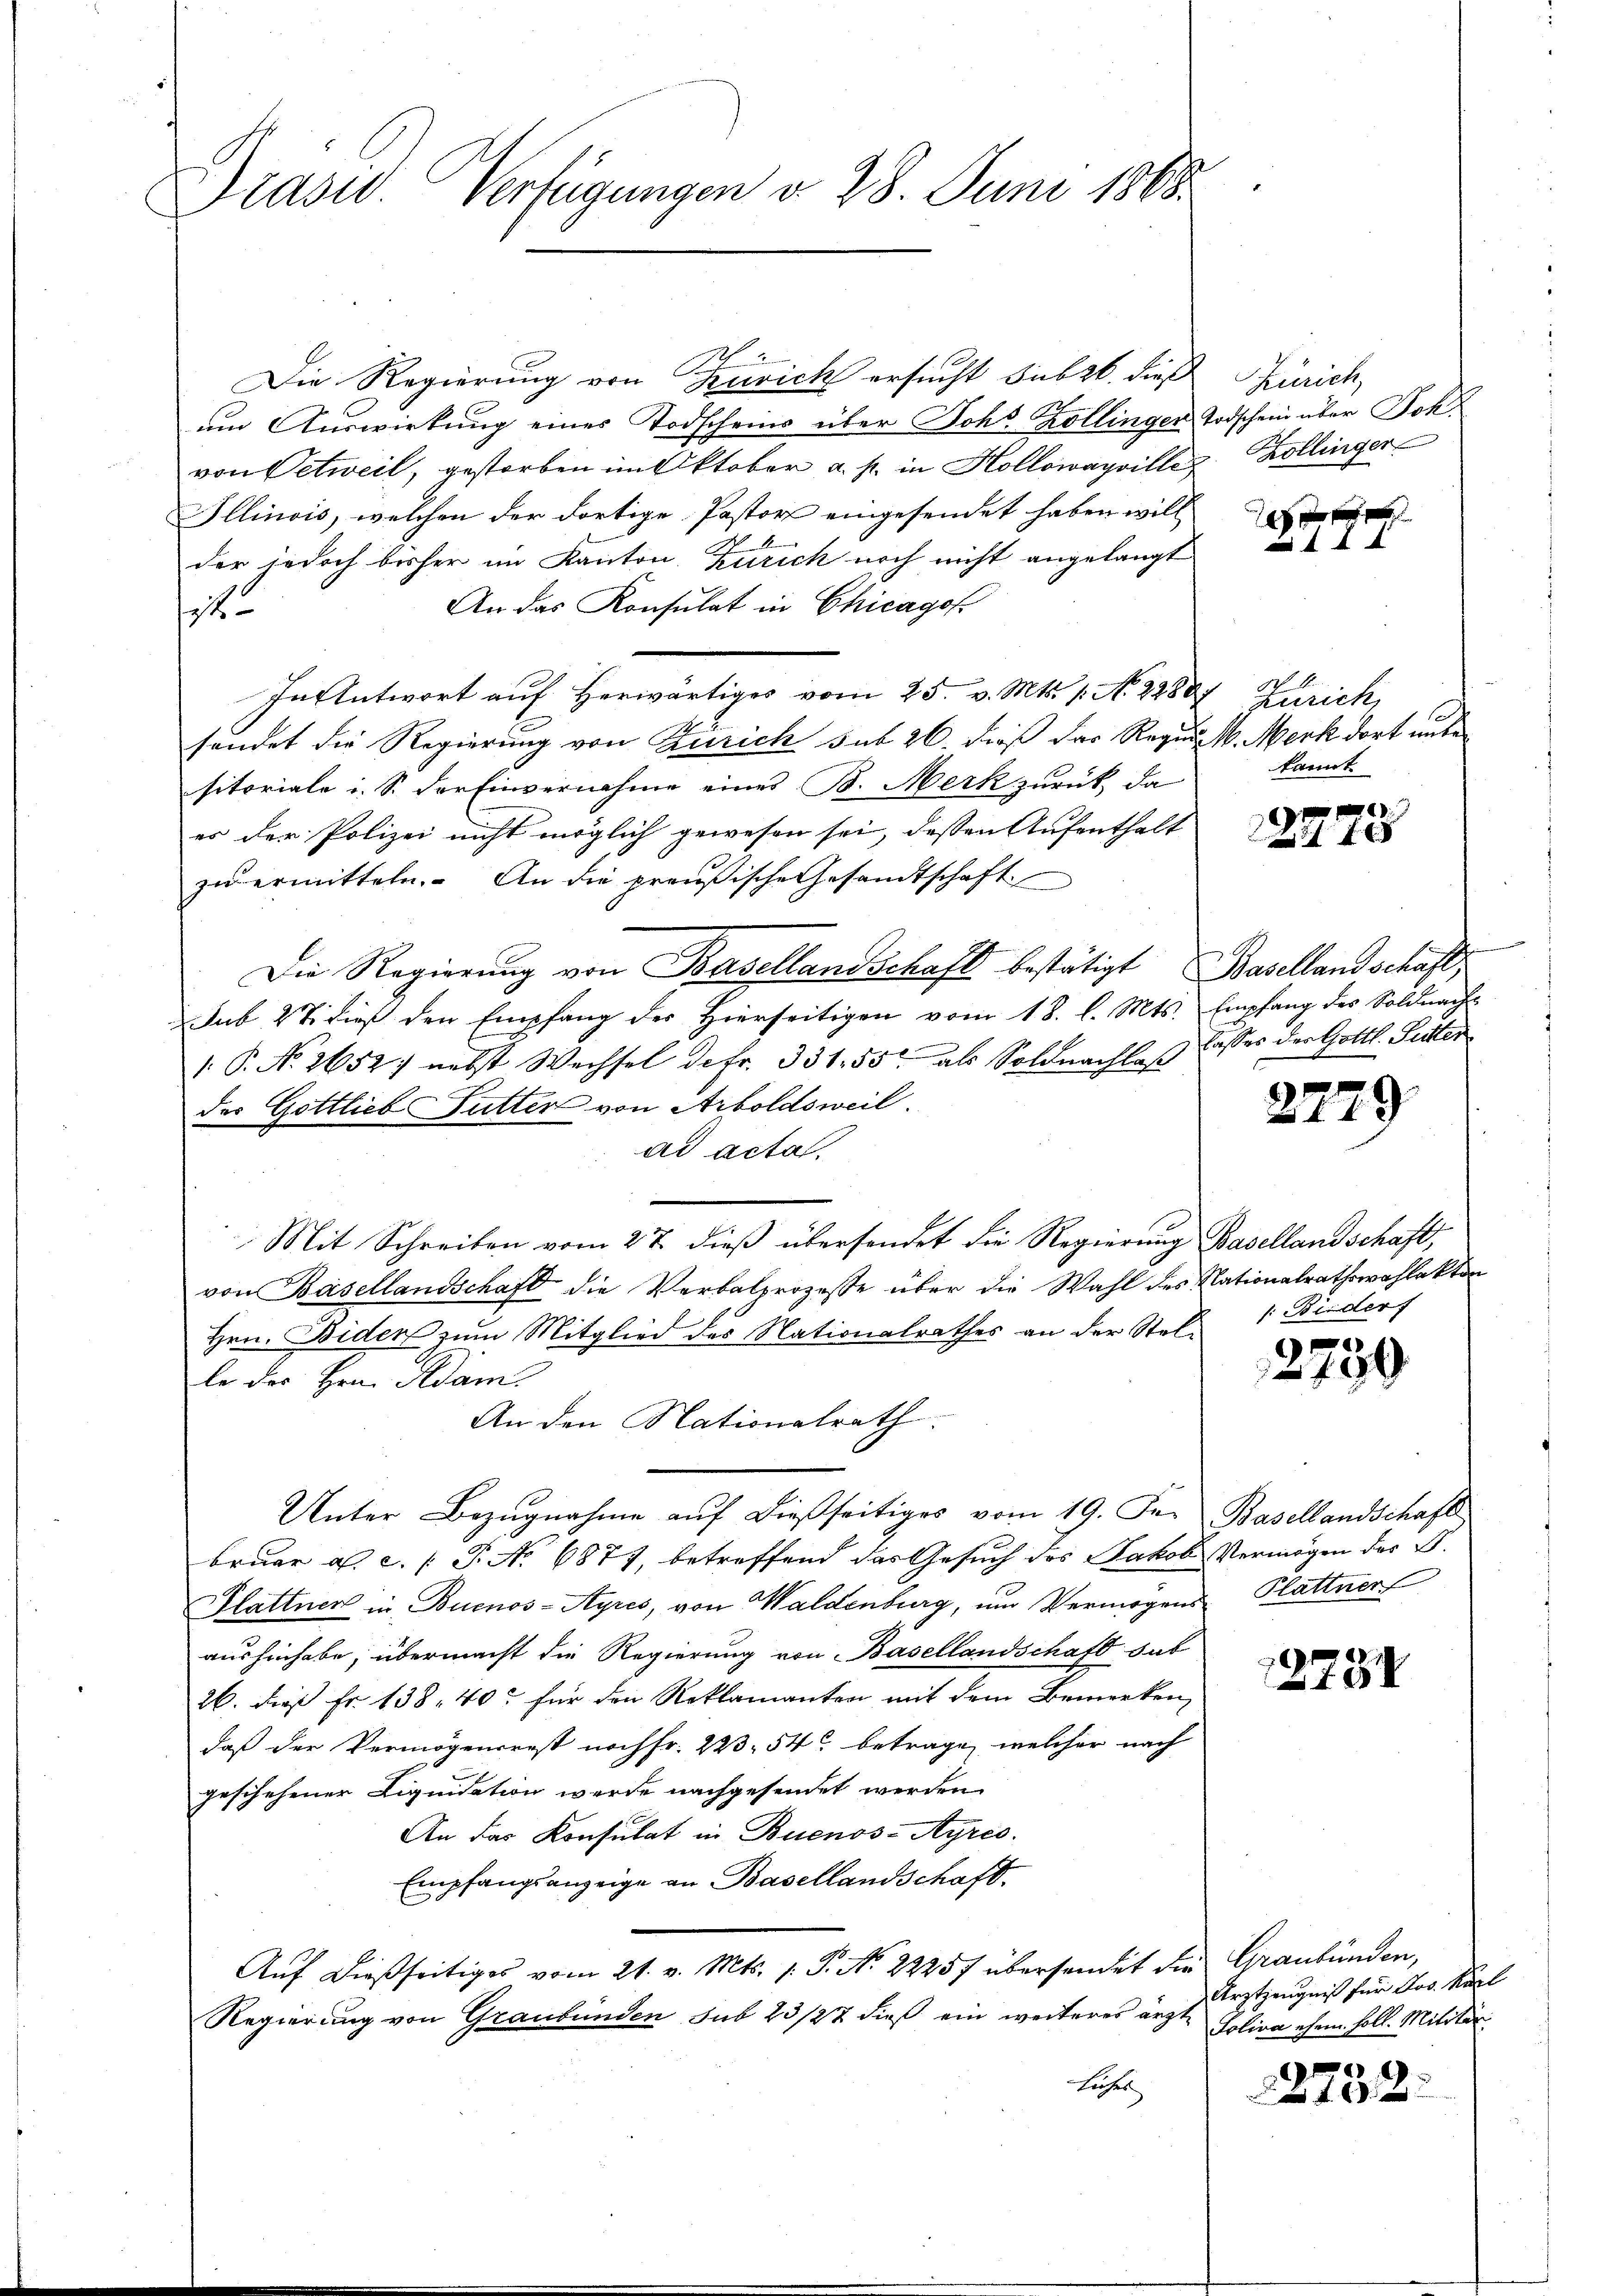
Präsid. Verfügungen d. 28. Juni 1868

Die Regierung von Zeich ersucht sub 26. dieß
um Auswirkung einer Todscheins über Johs. Kollingen Todschein über Joh
von Oetweil, gestorben im Oktober a. p. in Hollowayville
Illinois, welchen der dortige Pastor eingesendet haben will
der jedoch bisher im Kanton Zürich noch nicht angelangt
An das Konsulat in Chicagof
t
In Antwort auf herwärtiges vom 25. v. Mts. 1. N. 22887, Zürich

sendet die Regierung von Zürich sub 26. dieß das Regul. M. Merk dort unte
sitoriale i. S. der Einvernahme eines B. Merk zurück, da
es der Polizei nicht möglich gewesen sei, dessen Aufenthalt
zu ermitteln. An die preußische Gesandtschaft
Die Regierung von Basellandschaft bestätigt Basellandschaft
Sub 27. dieß den Empfang der Hierseitigen vom 18. l. Mts. Empfang des Soldnach-
1. P. No. 2652, nebst Wechsel defr. 331. 55 als Soldnachlaß Casses der Gottl. Peter
der Gottlieb Futter von Arboldsweil.
ad acta.
Mit Schreiben vom 27. dieß übersendet die Regierung Basellandschaft,
von Basellandschaft die Verbalprozesse über die Wahl des Nationalrathswahlakten
Hrn. Biden zum Mitglied des Nationalrathes an der Stelle der Hrn. Adam
An den Nationalrath.
Unter Bezugnahme auf dießseitiges vom 19. Der Basellandschaft
bruar a. c. (T. No 6877, betreffend das Gesuch des Jakob Vermögen der B.
Hlattner in Buenos-Ayres, von Waldenburg, um Vermögens Plattner
aushinhabe; übermacht die Regierung von Basellandschaft hab
26. dieß Fr. 138. 40. für den Reklamanten mit dem Bemerken,
daß der Vermögensrest noch fr. 223. 54 betrage, welcher nach
geschehener Liquidation werde nachgesendet werden.
An das Konsulat in Buenos-Ayres.
Empfangsanzeige an Basellandschaft.
Auf dießseitiges vom 21. v. Mts. 1. P. Nr. 22257 übersendet die Graubünden,
Regierung von Graubünden sub 23/22 dieß ein weiteres ärzt¬
Lücher

SZürich,
Kollinger

2f 0 x
4x f

N 1.
kannt.

f. E

e

2779

/: Bieder

2750

12234

Arztzeugniß für Jos. Karl
Soliva ehem. soll. Militär

2752.